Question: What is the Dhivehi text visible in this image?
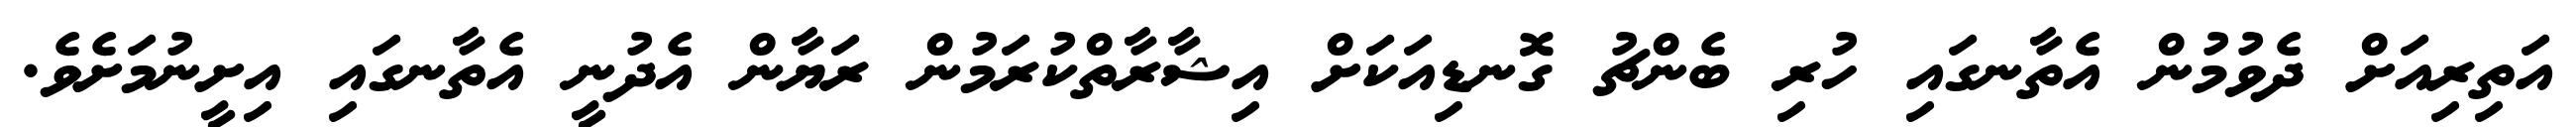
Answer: އަތިރިއަށް ދެވުމުން އެތާނގައި ހުރި ބެންޗު ގޮނޑިއަކަށް އިޝާރާތްކުރަމުން ރަޔާން އެދުނީ އެތާނގައި އިށީނުމަށެވެ.